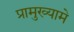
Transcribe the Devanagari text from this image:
प्रामुख्यामे